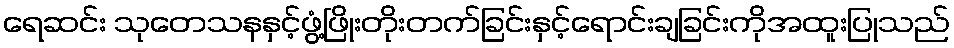
ရေဆင်း သုတေသနနှင့်ဖွံ့ဖြိုးတိုးတက်ခြင်းနှင့်ရောင်းချခြင်းကိုအထူးပြုသည်